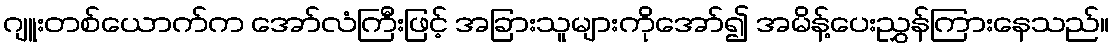
ဂျူးတစ်ယောက်က အော်လံကြီးဖြင့် အခြားသူများကိုအော်၍ အမိန့်ပေးညွှန်ကြားနေသည်။